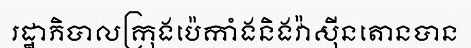
រដ្ឋាភិបាលក្រុងប៉េកាំងនិងវ៉ាស៊ីនតោនបាន